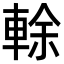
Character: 𨌎